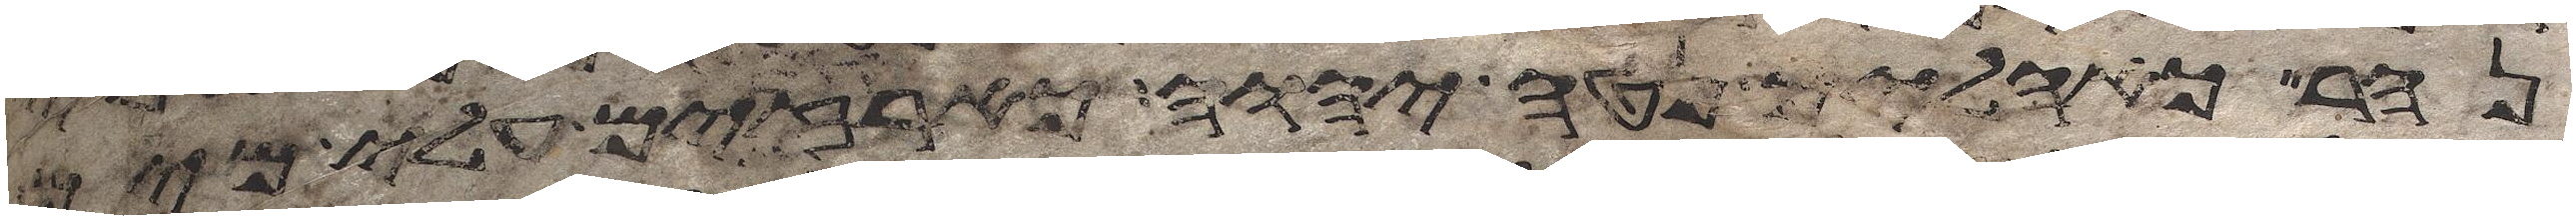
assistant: נהר כאהלים נטה יהוה כארזים עלי מים